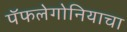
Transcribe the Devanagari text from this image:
पॅफलेगोनियाचा